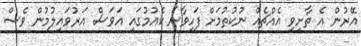
އޭރުން އެ ތާށިވި އެއްޗެއް ނުކުތުމަށް ފަހިވާނެ ކެއުމުގައި އަވަސް އަރުވައިލުމުން ވެސް